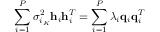
\sum _ { i = 1 } ^ { P } \sigma _ { i _ { K } } ^ { 2 } \mathbf { h } _ { i } \mathbf { h } _ { i } ^ { T } = \sum _ { i = 1 } ^ { P } \lambda _ { i } \mathbf { q } _ { i } \mathbf { q } _ { i } ^ { T }